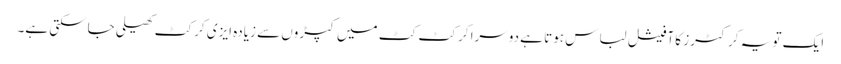
ایک تو یہ کرکٹرز کا آفیشل لباس ہوتا ہے دوسرا کرکٹ کٹ میں کپڑوں سے زیادہ ایزی کرکٹ کھیلی جاسکتی ہے۔